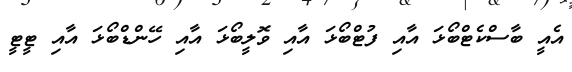
އެއީ ބާސްކެޓްބޯޅަ އާއި ފުޓްބޯޅަ އާއި ވޮލީބޯޅަ އާއި ހޭންޑްބޯޅަ އާއި ޓީޓީ